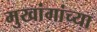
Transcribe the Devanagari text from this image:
मुखांगांच्या